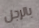
بالرجل